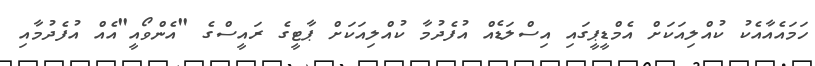
ހަމައެއާއެކު ކުއްލިއަކަށް އެމްޑީޕީގައި އިސްލަޑެއް އުފެދުމާ ކުއްލިއަކަށް ޕާޓީގެ ރައީސްގެ "އެންވޯއީ"އެއް އުފެދުމާއި